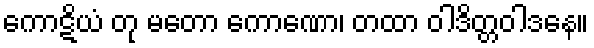
ကောဋိယံ တု မတော ကောဏော၊ တထာ ဝါဒိတ္တဝါဒနေ။